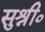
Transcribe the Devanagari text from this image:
सुश्री०